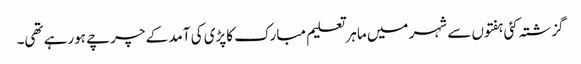
گزشتہ کئی ہفتوں سے شہر میں ماہر تعلیم مبارک کاپڑی کی آمد کے چرچے ہورہے تھی۔